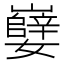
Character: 𫲖